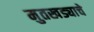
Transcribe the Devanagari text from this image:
मुतखड्याचे